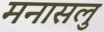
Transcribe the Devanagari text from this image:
मनासलु